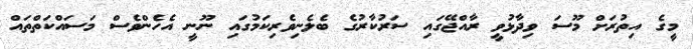
މީގެ އިތުރަށް މޫސަ ވިދާޅުވީ ރާއްޖޭގައި ސަރުކާރުގެ ބެލެނިވެރިކަމުގައި ނޫނީ އެހެންވެސް މަސައްކަތްތައް